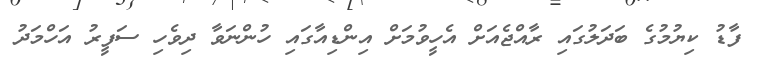
ފާޑު ކިޔުމުގެ ބަދަލުގައި ރާއްޖެއަށް އެހީވުމަށް އިންޑިއާގައި ހުންނަވާ ދިވެހި ސަފީރު އަހްމަދު